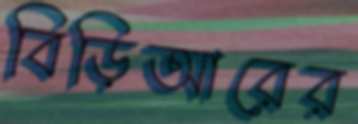
বিড়িআরের